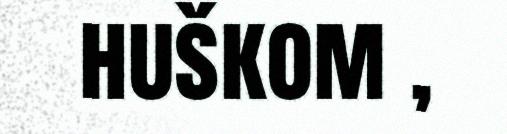
huškom ,